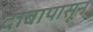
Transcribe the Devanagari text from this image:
दाबापासून